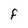
Character: F